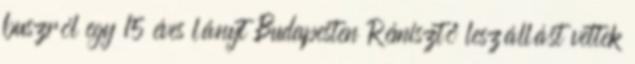
buszról egy 15 éves lányt Budapesten Rémisztő leszállást vettek